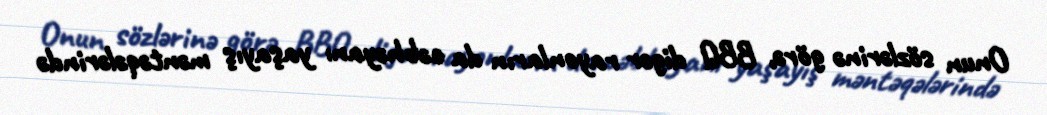
Onun sözlərinə görə, BBQ digər rayonların da cəbhəyanı yaşayış məntəqələrində